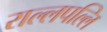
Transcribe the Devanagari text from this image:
राल्लपल्लि